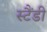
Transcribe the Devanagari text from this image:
स्टैंडी